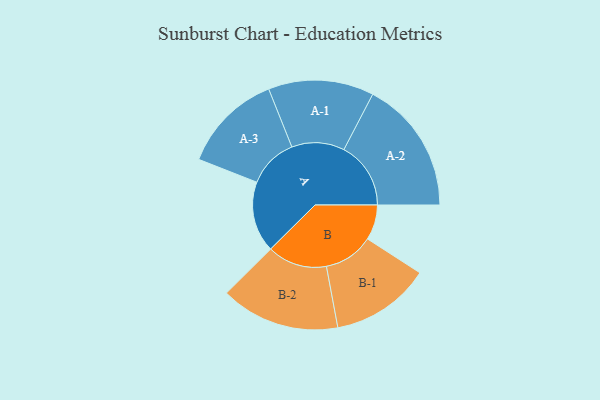
{"axis": {"x": "Segment", "y": "Value"}, "legend": ["", "A", "B"], "data": [{"x": "A", "y": 266, "type": ""}, {"x": "B", "y": 132, "type": ""}, {"x": "A-1", "y": 198, "type": "A"}, {"x": "A-2", "y": 251, "type": "A"}, {"x": "A-3", "y": 188, "type": "A"}, {"x": "B-1", "y": 187, "type": "B"}, {"x": "B-2", "y": 224, "type": "B"}]}